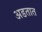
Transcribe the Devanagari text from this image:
अडतात